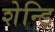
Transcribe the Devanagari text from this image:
शेन्ड़ि